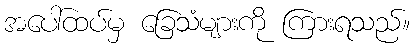
အပေါ်ထပ်မှ ခြေသံများကို ကြားရသည်။